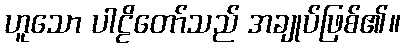
ဟူသော ပါဠိတော်သည် အချုပ်ဖြစ်၏။